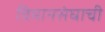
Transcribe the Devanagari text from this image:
विमानसंघाची